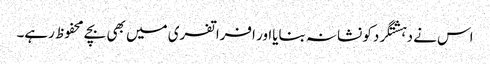
اس نے دہشتگردکو نشانہ بنایااور افراتفری میں بھی بچے محفوظ رہے۔